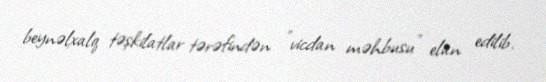
beynəlxalq təşkilatlar tərəfindən "vicdan məhbusu" elan edilib.